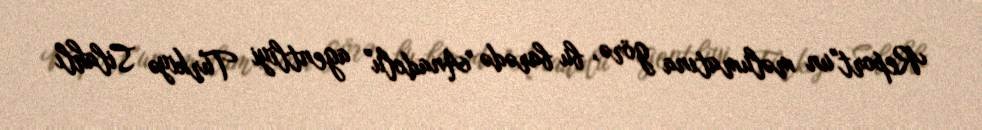
Report"un məlumatına görə, bu barədə "Anadolu" agentliyi Türkiyə Silahlı